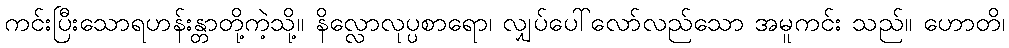
ကင်းပြီးသောရဟန်းန္တာတို့ကဲ့သို့။ နိလ္လောလုပ္ပစာရော၊ လျှပ်ပေါ်လော်လည်သော အမူကင်း သည်။ ဟောတိ၊